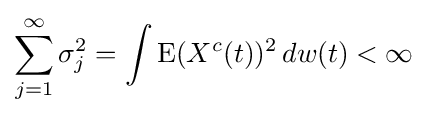
\sum _{j=1}^{\infty }\sigma _{j}^{2}=\int {\text{E}}(X^{c}(t))^{2}\,dw(t)<\infty